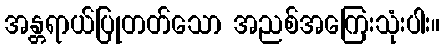
အန္တရာယ်ပြုတတ်သော အညစ်အကြေးသုံးပါး။